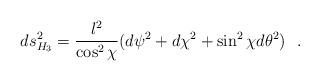
LaTeX: \begin{align*}ds^2_{H_3}={l^2\over \cos^2 \chi }(d\psi^2+d\chi^2+\sin^2 \chi d\theta^2 )~~.\end{align*}